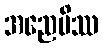
အညေပိဿ